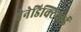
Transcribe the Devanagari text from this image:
बेनेडिक्टियाई